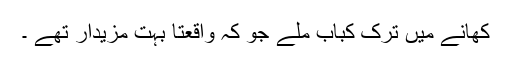
کھانے میں ترک کباب ملے جو کہ واقعتاً بہت مزیدار تھے ۔